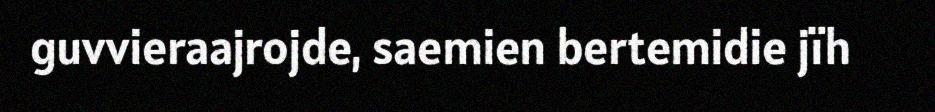
guvvieraajrojde, saemien bertemidie jïh